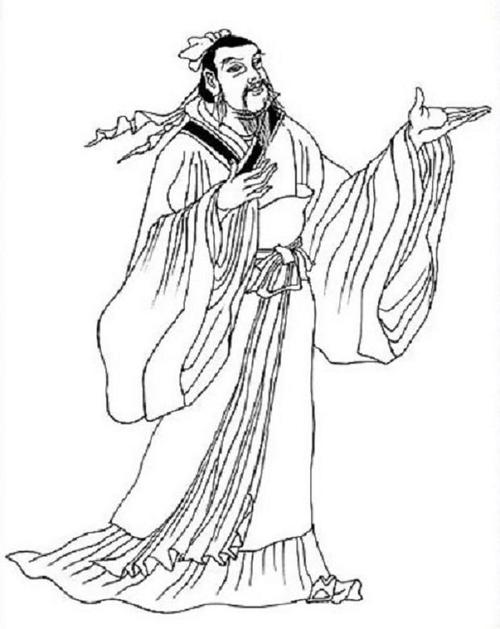
寡助之至，亲戚畔之多助之至，天下顺之。